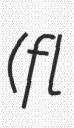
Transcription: (fl